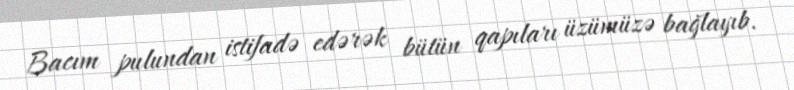
Bacım pulundan istifadə edərək bütün qapıları üzümüzə bağlayıb.